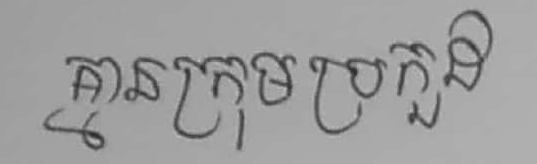
គ្មានក្រុមប្រកួដ